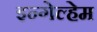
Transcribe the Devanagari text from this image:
इन्गेल्हेम